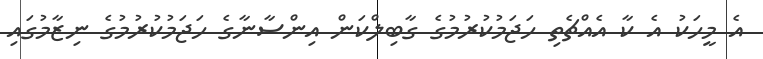
އެ މީހަކު އެ ކާ އެއްޗެތި ހަޖަމުކުރުމުގެ ގާބިލްކަން އިންސާނާގެ ހަޖަމުކުރުމުގެ ނިޒާމުގައި